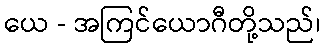
ယေ - အကြင်ယောဂီတို့သည်၊